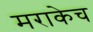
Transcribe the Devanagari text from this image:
मराकेच